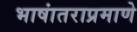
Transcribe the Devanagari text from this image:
भाषांतराप्रमाणे